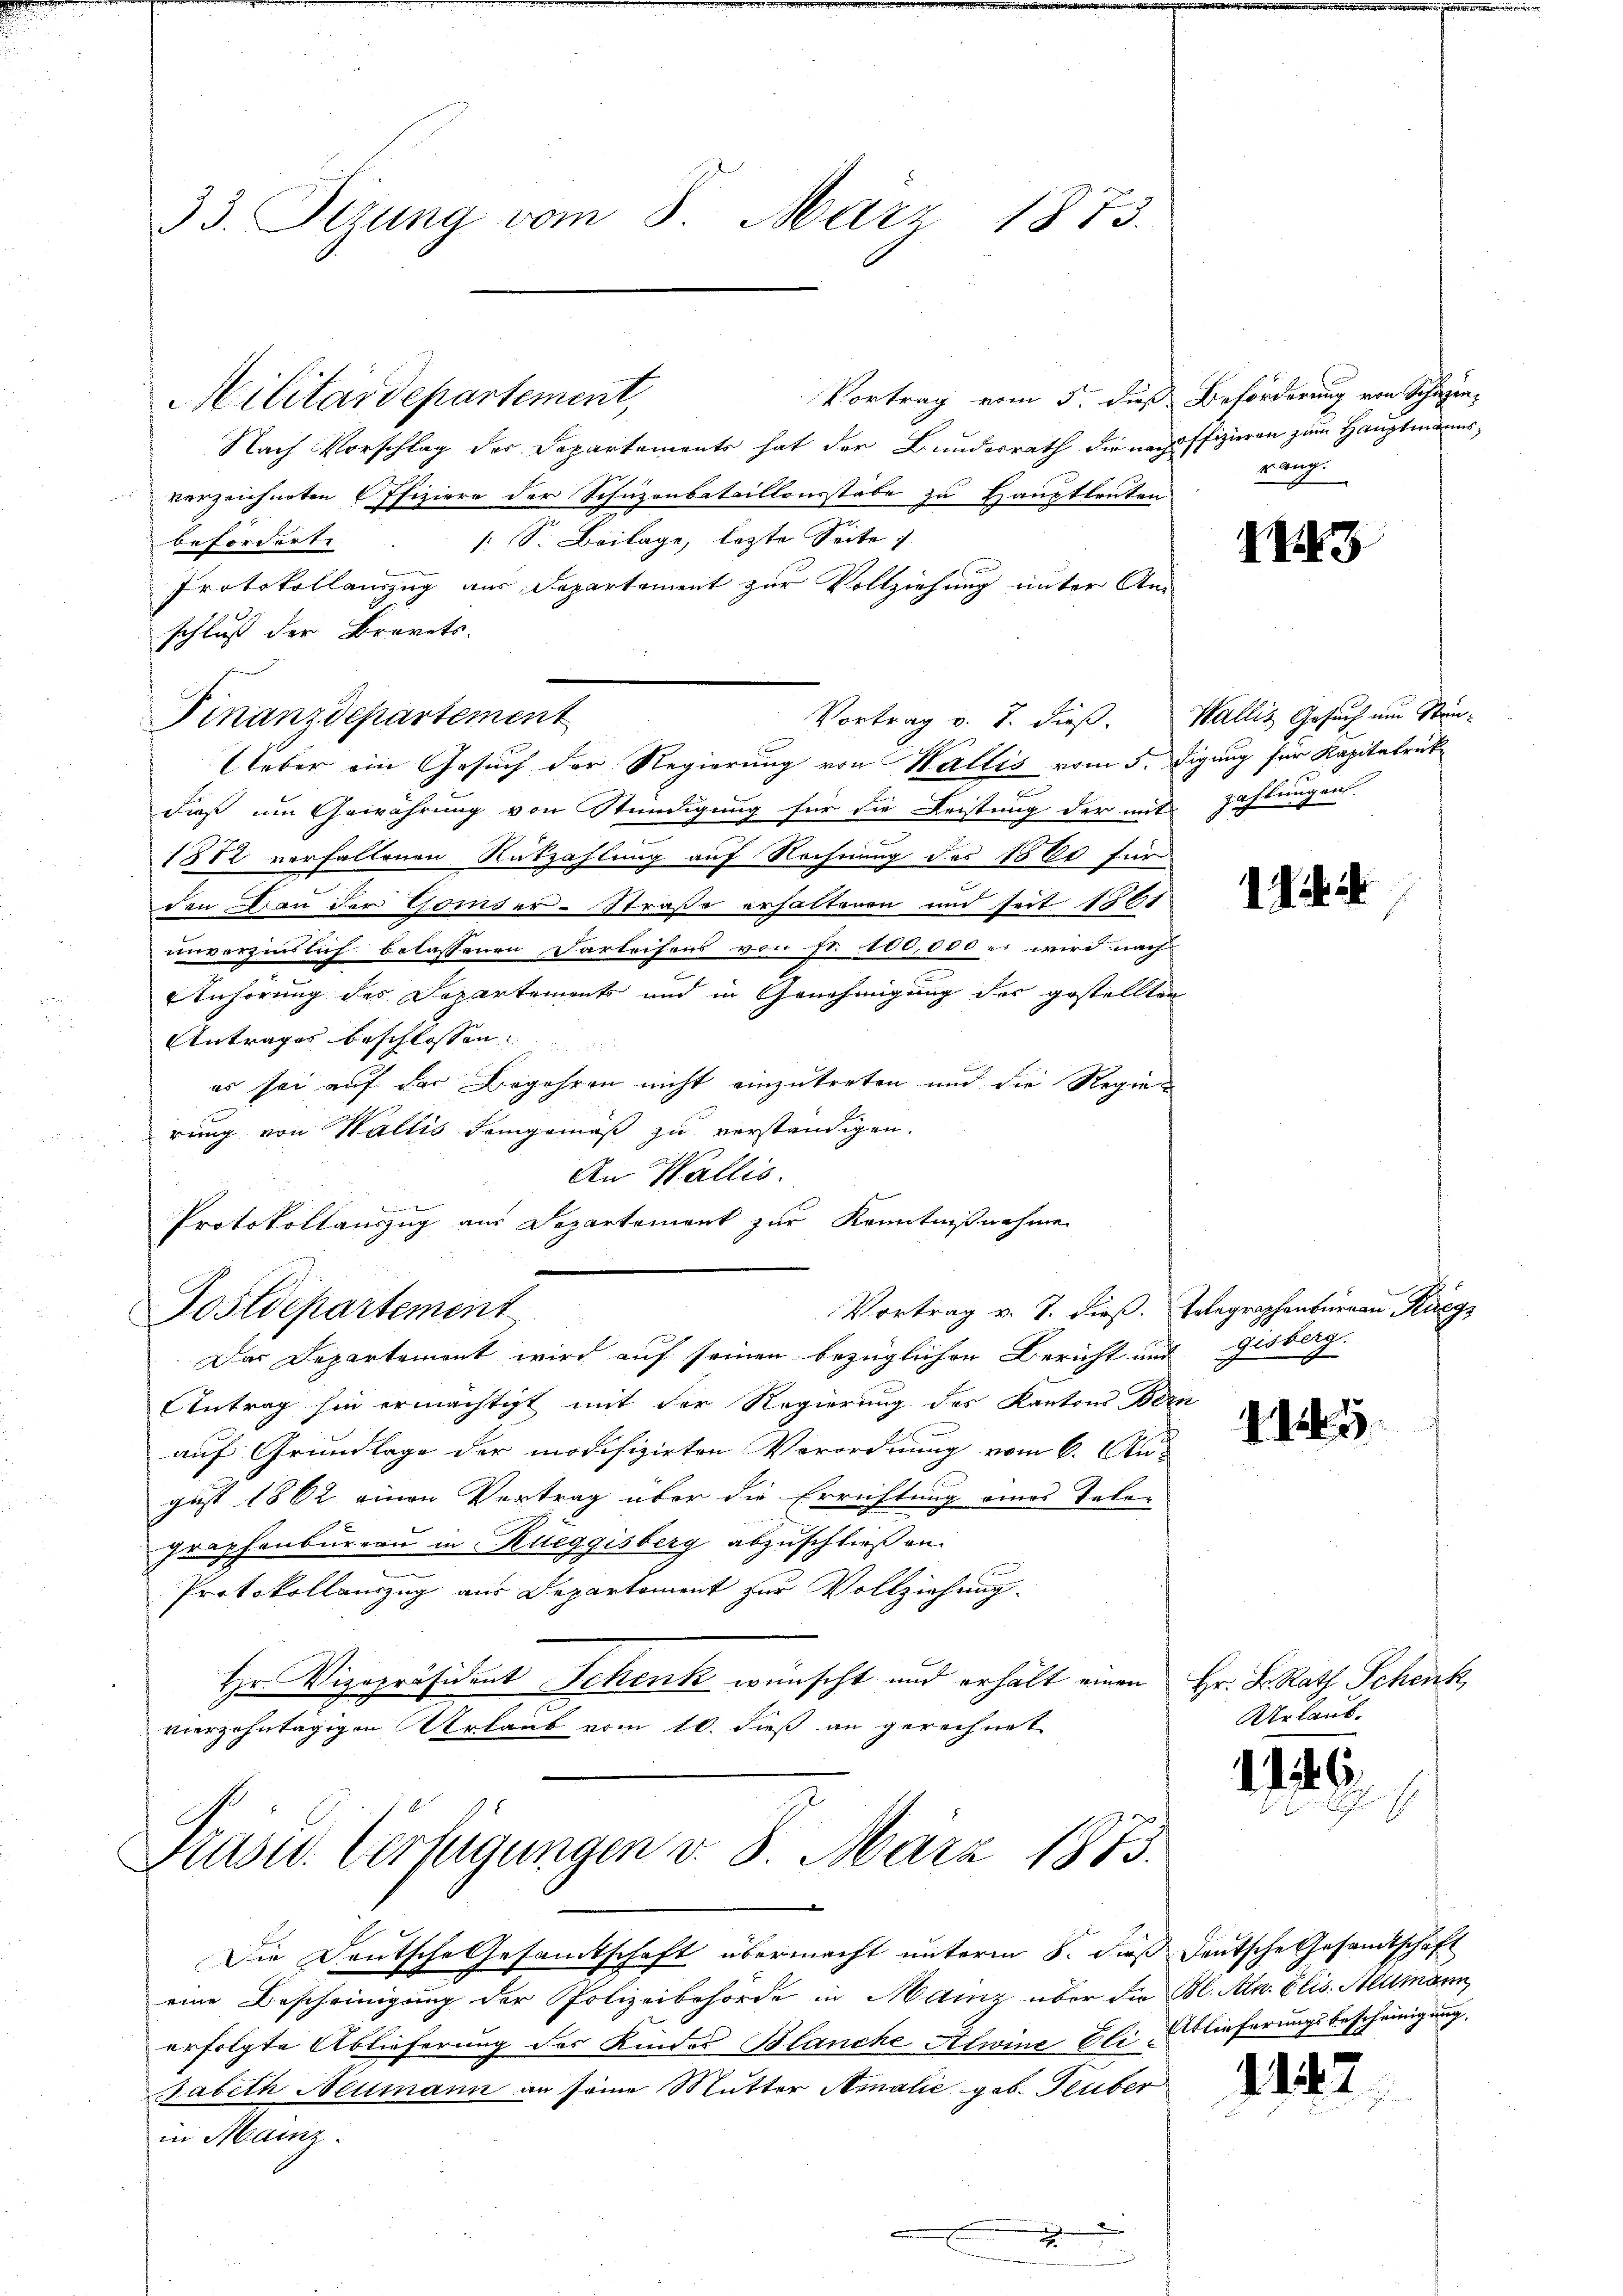
33. Tizung vom 8. März 1873.

Vortrag vom 5. dieß Beförderung von Schuhen,
Nach Vorschlag der Departements hat der Bundesrath die nach offizieren zum Hauptmannsverzeichneten Offiziere der Schuzenbataillonsstabe zu Hauptleuten.
beförderte. (S. Beilage, letzte Seite
Protokollauszug aus Departement zur Vollziehung unter Anschluß der Brevets.
Ueber ein Gesuch der Regierung von Wallis vom 5. digung für Kapitalrükdieß um Gewährung von Stündigung für die Leistung der mit Zahlungen
1882 verfallenen Rükzahlung auf Rechnung des 1800 für
den an der Gomser-Straße erhaltenen und seit 1861
unverzinslich belassenen Darleihens von Fr. 100,000 r. wird nach
Anhörung des Departements und in Genehmigung des gestellten
Antrages beschlossen: |
es sei auf der Begehren nicht einzutreten und die Regien
rung von Waltis demgemäß zu verständigen.
An Wallis.
d
Protokollauszug aus Departement zur Kenntnißnahme

Militärdepartement,

Finanzdepartement

Vortrag v. 7. dieß. Telegraphenbüreau Rüeg
Postdepartement

Präsid. Verfügungen d. 8. März 1873.

Vortrag v. J. dieß. Wallis Gesuch um Stun-

Das Departemont wird auf seinen bezüglichen Bericht und gisberg.
Antrag sie ermächtigt mit der Regierung des Kantons Bern
auf Grundlage der modifizirten Verordnung vom 6. Au-
gust 1862 einen Vertrag über die Errichtung eines Tele-
graphenbureau in Rueggisberg abzuschließen.
e
Protokollauszug aus Departement zur Vollziehung
Hr. Vizepräsident Schenk wünscht und erhält einen
vierzehntägigen Urlaub vom 10. dieß an gerechnet

rang.

113

Die Deutsche Gesamtschaft übermacht unterm 8. dieß deutsche Gesandtschaft
eine Bescheinigung der Polizeibehörde in Mainz über die Bl. Alb. Elis. Allmann
erfolgte Ablieferung des Kindes Blanche Alwine Eli Glieferungsbescheinigung.
sabeth Neumann an seine Mutter Amalie geb. Heuber
in Mainz.
d

Jich

f

1145

Hr. K. Rath Schenk
Urlaub.

1

.

6